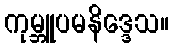
ကုမ္ဘူပမနိဒ္ဒေသ။